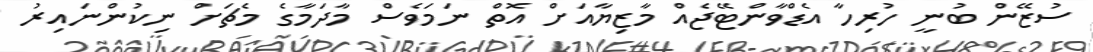
ސުޒޭން ބުނީ ހުރިހާ އެޑްވާންޓޭޖެއް މާޒިޔާއަށް އޮތް ނަމަވެސް މާދަމާގެ މެޗަށް ނިކުންނައިރު